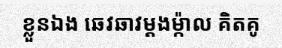
ខ្លួនឯង ឆេវឆាវម្តងម្ក៉ាល គិតគូ